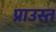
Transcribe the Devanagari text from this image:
प्राउस्त